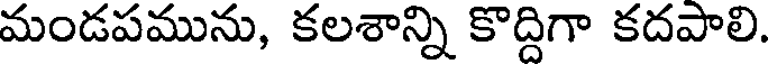
మండపమును, కలశాన్ని కొద్దిగా కదపాలి.